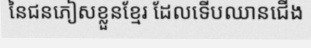
នៃជនភៀសខ្លួនខ្មែរ ដែលទើបឈានជើង